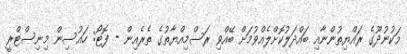
މަކުނުދޫގެ ރައްޔިތުންނާއި ބައްދަލުކޮށްލެއްވުމަށް ބޭއްވި ރަސްމިއްޔާތުގެ ތެރެއިން - ފޮޓޯ: ހައުސިން މިނިސްޓްރީ